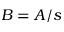
B = A / s